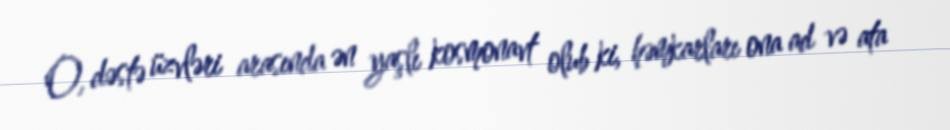
O, dəstə üzvləri arasında ən yaşlı kosmonavt olub ki, həmkarları ona ad və ata